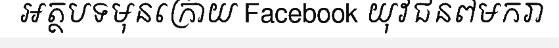
អត្ថបទមុនក្រោយ Facebook យុវជន៧មករា